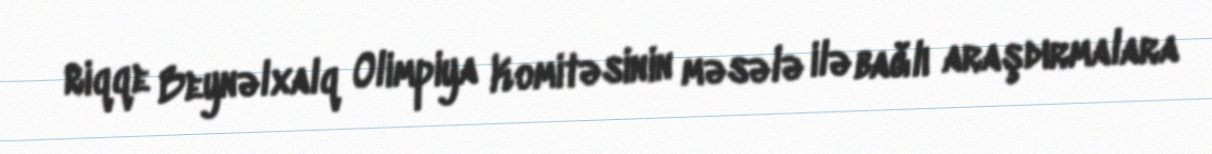
Riqqe Beynəlxalq Olimpiya Komitəsinin məsələ ilə bağlı araşdırmalara